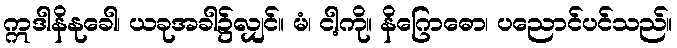
ဣဒါနိနုခေါ၊ ယခုအခါ၌လျှင်။ မံ၊ ငါ့ကို။ နိဂြောဓော၊ ပညောင်ပင်သည်။